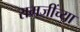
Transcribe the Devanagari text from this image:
रामजींच्या